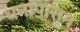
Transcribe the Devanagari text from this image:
धनापासून